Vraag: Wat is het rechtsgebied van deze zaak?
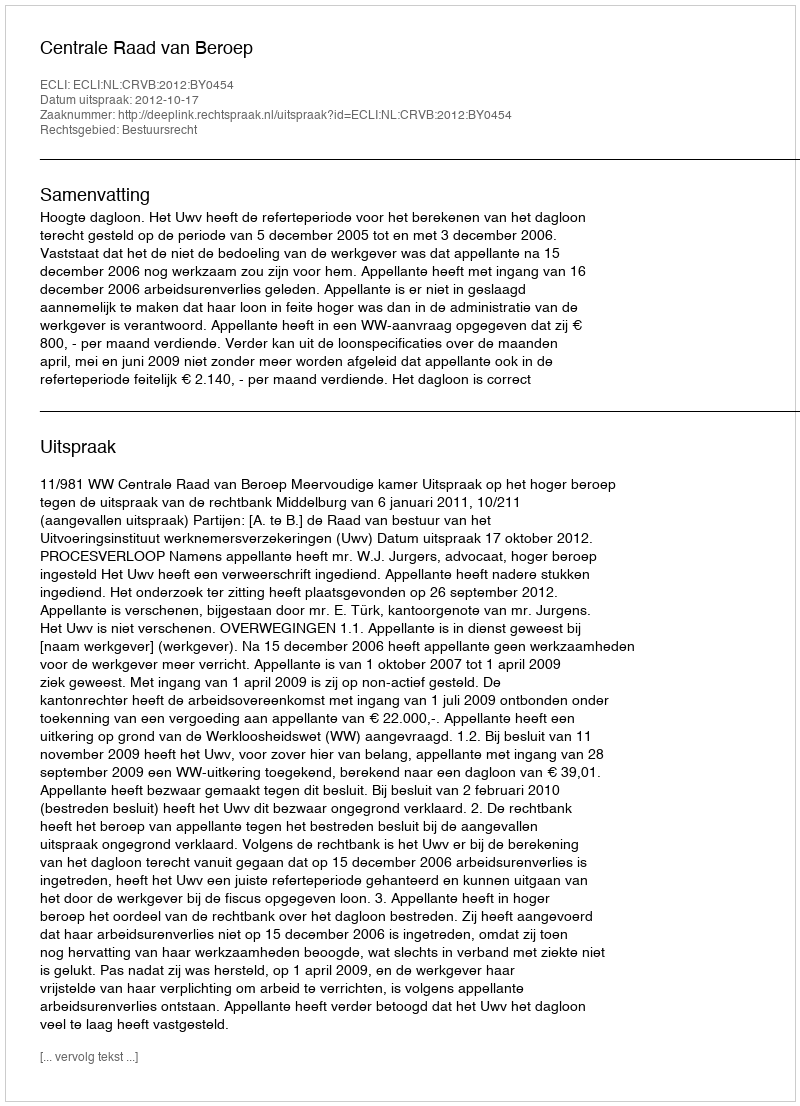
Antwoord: Bestuursrecht